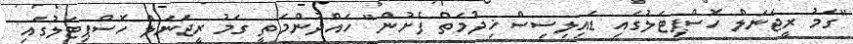
"ގަމު ރީޖަނަލް ހޮސްޕިޓަލުގައި ޑައިލިސިސް ޚިދުމަތް ފެށުން" ހައްދުންމަތީ ގަމު ރީޖަނަލް ހޮސްޕިޓަލުގައި